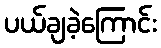
ပယ်ချခဲ့ကြောင်း